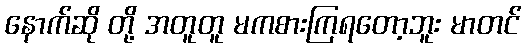
နောက်ဆို တို့ အတူတူ မကစားကြရတော့ဘူး မာတင်